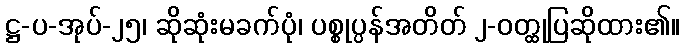
ဋ္ဌ-ပ-အုပ်-၂၅၊ ဆိုဆုံးမခက်ပုံ၊ ပစ္စုပ္ပန်အတိတ် ၂-ဝတ္ထုပြဆိုထား၏။